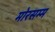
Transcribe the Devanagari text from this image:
मोरसम्म